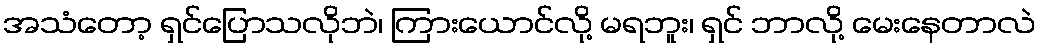
အသံတော့ ရှင်ပြောသလိုဘဲ၊ ကြားယောင်လို့ မရဘူး၊ ရှင် ဘာလို့ မေးနေတာလဲ